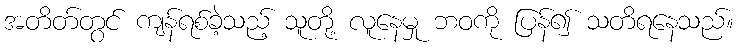
အတိတ်တွင် ကျန်ရစ်ခဲ့သည့် သူတို့ လူနေမှု ဘဝကို ပြန်၍ သတိရနေသည်။